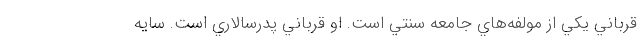
قرباني يكي از مولفه‌هاي جامعه سنتي است. او قرباني پدرسالاري است. سايه